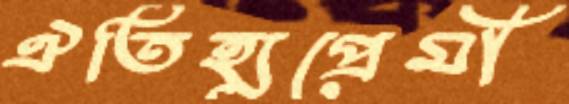
ঐতিহ্যপ্রেমী